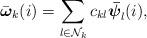
LaTeX: \begin{align*}\bar{{\boldsymbol {\omega}}}_k(i) = \sum\limits_{l\in \mathcal{N}_k}c_{kl}\boldsymbol{\bar{\psi}}_l(i),\end{align*}